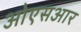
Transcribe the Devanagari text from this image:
ओएसआर